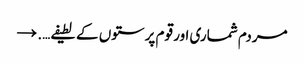
مردم شماری اور قوم پرستوں کے لطیفے…. →